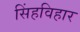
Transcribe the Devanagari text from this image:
सिंहविहार